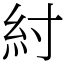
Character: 紂